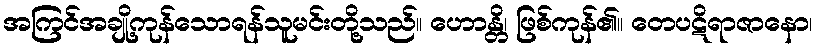
အကြင်အချို့ကုန်သောရန်သူမင်းတို့သည်။ ဟောန္တိ၊ ဖြစ်ကုန်၏။ တေပဋိရာဇာနော၊